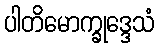
ပါတိမောက္ခုဒ္ဒေသံ